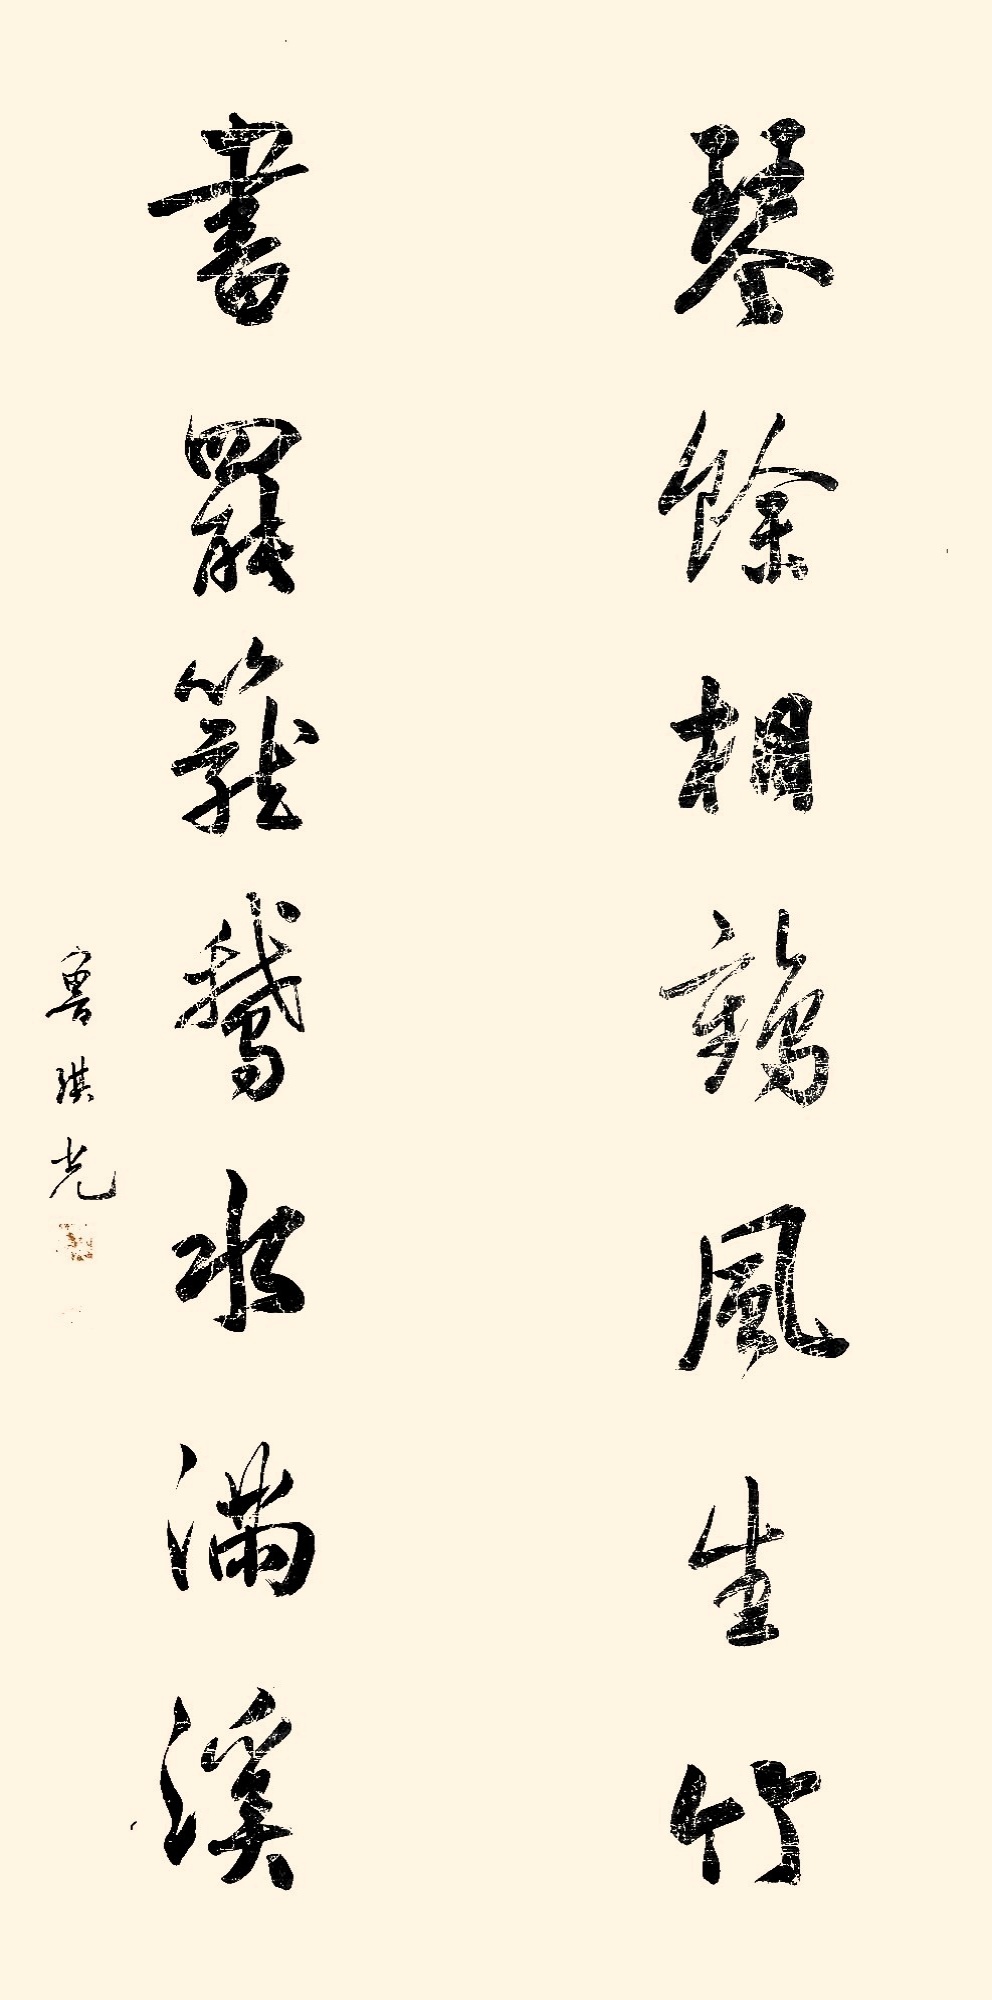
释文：琴余相鹤风生竹，书罢笼鹅水满溪。鲁琪光。